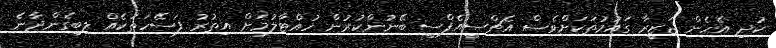
ކުދި އެހެން ޖަޒީރާ ގައުމުތަކަށްވެސް އެޗްސީއެފްސީ ބޭނުންކުރުން ހުއްޓާލުމަށް އިތުރު ފަސޭހަތަކެއް ލިބިގެންދާނެ